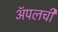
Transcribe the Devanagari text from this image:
अॅपलची